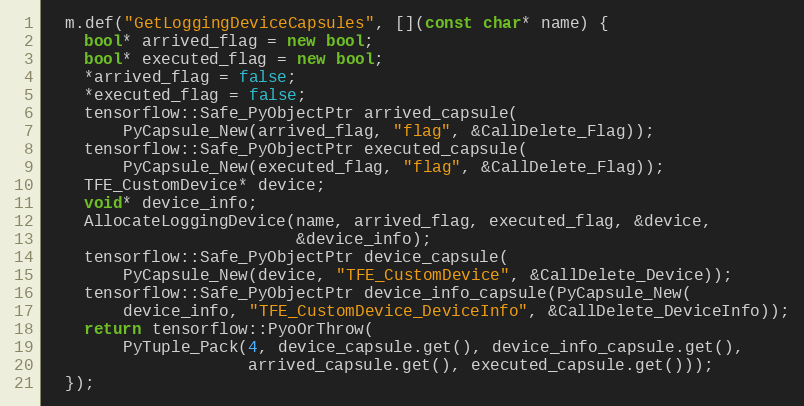
Language: C++
  m.def("GetLoggingDeviceCapsules", [](const char* name) {
    bool* arrived_flag = new bool;
    bool* executed_flag = new bool;
    *arrived_flag = false;
    *executed_flag = false;
    tensorflow::Safe_PyObjectPtr arrived_capsule(
        PyCapsule_New(arrived_flag, "flag", &CallDelete_Flag));
    tensorflow::Safe_PyObjectPtr executed_capsule(
        PyCapsule_New(executed_flag, "flag", &CallDelete_Flag));
    TFE_CustomDevice* device;
    void* device_info;
    AllocateLoggingDevice(name, arrived_flag, executed_flag, &device,
                          &device_info);
    tensorflow::Safe_PyObjectPtr device_capsule(
        PyCapsule_New(device, "TFE_CustomDevice", &CallDelete_Device));
    tensorflow::Safe_PyObjectPtr device_info_capsule(PyCapsule_New(
        device_info, "TFE_CustomDevice_DeviceInfo", &CallDelete_DeviceInfo));
    return tensorflow::PyoOrThrow(
        PyTuple_Pack(4, device_capsule.get(), device_info_capsule.get(),
                     arrived_capsule.get(), executed_capsule.get()));
  });